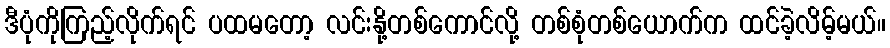
ဒီပုံကိုကြည့်လိုက်ရင် ပထမတော့ လင်းနို့တစ်ကောင်လို့ တစ်စုံတစ်ယောက်က ထင်ခဲ့လိမ့်မယ်။